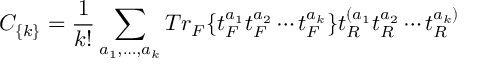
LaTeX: C _ { \{ k \} } = { \frac { 1 } { k ! } } \sum _ { a _ { 1 } , \dots , a _ { k } } T r _ { F } \{ t _ { F } ^ { a _ { 1 } } t _ { F } ^ { a _ { 2 } } \cdots t _ { F } ^ { a _ { k } } \} t _ { R } ^ { ( a _ { 1 } } t _ { R } ^ { a _ { 2 } } \cdots t _ { R } ^ { a _ { k } ) }